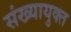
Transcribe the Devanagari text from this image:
संख्यायुक्त